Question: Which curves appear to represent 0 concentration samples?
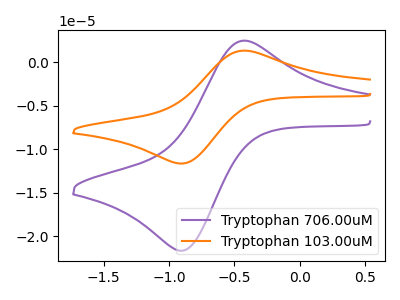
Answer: <think>The purple curve "Tryptophan 706.00uM" has an anodic peak at (-0.45V, 2.50uA) and a cathodic peak at (-0.90V, -21.65uA). The orange curve "Tryptophan 103.00uM" has an anodic peak at (-0.45V, 1.35uA) and a cathodic peak at (-0.90V, -11.65uA).</think>
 <answer>There are not any CV's on this graph that are likely to be blanks.</answer>
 <eval>none</eval>